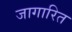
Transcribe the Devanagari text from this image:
जागारित